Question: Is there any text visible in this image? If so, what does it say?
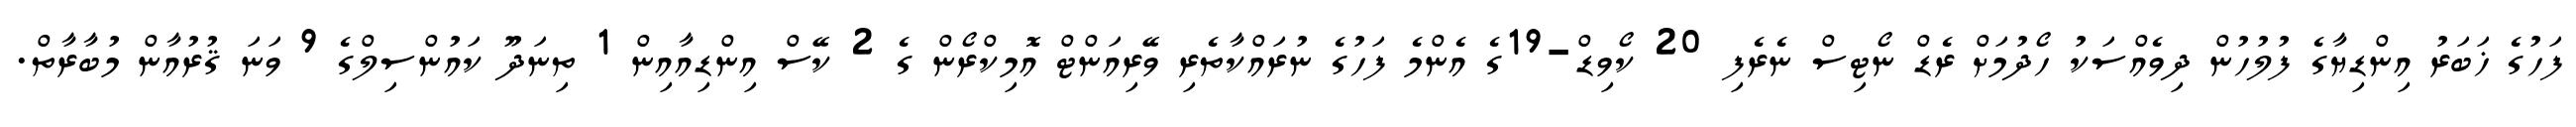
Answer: ފަހުގެ ޚަބަރު އިންޑިޔާގެ ފުލުހުން ދިވެއްސަކު ހޯދުމަށް ރެޑް ނޯޓިސް ނެރެފި 20 ކޯވިޑް-19ގެ އެންމެ ފަހުގެ ނުރައްކާތެރި ވޭރިއަންޓް އޮމިކްރޯން ގެ 2 ކޭސް އިންޑިއާއިން 1 ތިނަދޫ ކައުންސިލްގެ 9 ވަނަ ޤުރުއާން މުބާރާތް.